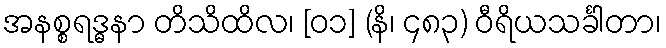
အနစ္စရဒ္ဓနာ တိသိထိလ၊ [၀၁] (နိ၊ ၄၈၃) ဝီရိယသင်္ခါတာ၊